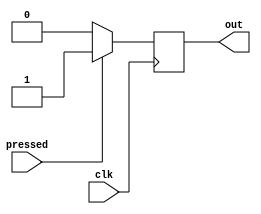
// This program was cloned from: https://github.com/JeffDeCola/my-verilog-examples
// License: MIT License

// A few different ways to use buttons on a FPGA development board.

// BUTTON 1 --------------------------------------------------------
// PRESS AND RELEASE OF THE BUTTON SYNCHRONOUSLY (SYNCHRONOUS PRESS AND RELEASE)
module button1_sync_push_release_behavioral (
    input           clk,            // CLOCK
    input           pressed,        // BUTTON IN
    output reg      out);           // PULSE FOR 1 CLOCK CYCLE

    // ALWAYS BLOCK with NON-BLOCKING PROCEDURAL ASSIGNMENT STATEMENT
    always @(posedge clk) begin
            if (pressed) begin          // BUTTON PRESSED
                out <= 1'b1;
            end else begin              //  BUTTON NOT PRESSED
                out <= 1'b0;
            end
    end

endmodule

// BUTTON 2 --------------------------------------------------------
// PULSE HIGH FOR 1 CLOCK CYCLE WHEN BUTTON PRESSED (SYNCHRONOUS PRESS)
module button2_sync_clock_pulse_behavioral (
    input           clk,            // CLOCK
    input           pressed,        // BUTTON IN (YOU CAN HOLD AND RELEASE WHENEVER)
    output reg      out);           // PULSE FOR 1 CLOCK CYCLE

    reg lock = 0;

    // ALWAYS BLOCK with NON-BLOCKING PROCEDURAL ASSIGNMENT STATEMENT
    always @(posedge clk) begin
            if (pressed & ~lock) begin              // BUTTON PRESSED
                lock <= 1'b1;                       // - Lock
                out <= 1'b1;                        // - Pulse
            end else if (~pressed & lock) begin     // RELEASE LOCK
                lock <= 1'b0;
                out <= 1'b0;
            end else begin
                out <= 1'b0;
            end
    end

endmodule

// BUTTON 3 --------------------------------------------------------
// TWO PRESSES - FIRST PRESS HIGH, SECOND PRESS LOW (SYNCHRONOUS PRESSES)
module button3_sync_two_presses_behavioral (
    input           clk,            // CLOCK
    input           pressed,        // BUTTON IN (YOU CAN HOLD AND RELEASE WHENEVER)
    output          out);           // TWO PRESSES

    reg lock = 0;
    reg toggle = 0;

    assign out = toggle;

    // ALWAYS BLOCK with NON-BLOCKING PROCEDURAL ASSIGNMENT STATEMENT
    always @ (posedge clk) begin
        if (pressed & ~lock) begin              // BUTTON PRESSED
            lock <= 1'b1;                       // - Lock
            toggle <= ~toggle;                  // - Toggle
        end else if (~pressed & lock) begin     // WAIT TILL BUTTON RELEASED
            lock <= 1'b0;                       // - Release Lock
        end
    end

endmodule

//************************************************************************************************
// DON'T USE THESE, THE SYNTHSIS TOOL WILL YELL AT YOU. I DESIGNED THEM FOR FUN

// BUTTON 4 --------------------------------------------------------
// PULSE HIGH FOR 1 CLOCK CYCLE WHEN BUTTON PRESSED (ASYNCHRONOUS PRESS)
// DON'T USE - HERE FOR FUN
module button4_async_clock_pulse_behavioral (
    input           clk,            // CLOCK
    input           pressed,        // BUTTON IN (YOU CAN HOLD AND RELEASE WHENEVER)
    output          out);           // PULSE FOR 1 CLOCK CYCLE

    reg was_pressed = 0;
    reg lock = 0;
    reg pre_out = 0;

    assign out = pre_out;

    // ALWAYS BLOCK with NON-BLOCKING PROCEDURAL ASSIGNMENT STATEMENT
    always @(posedge clk or posedge pressed) begin
        if (pressed & ~was_pressed & ~lock) begin       // BUTTON PRESSED - Then forget about it until later
            was_pressed <= 1'b1;
        end else if (was_pressed & ~lock) begin         // OUT HIGH
            lock <= 1;
            was_pressed <= 0;
            pre_out <= 1'b1;
        end else if (lock & out) begin                  // OUT LOW
            pre_out <= 1'b0;
        end else if (~pressed & lock) begin             // WAIT TILL BUTTON RELEASED
            lock <= 1'b0;
        end
    end

endmodule

// BUTTON 5 --------------------------------------------------------
// TWO PRESSES - FIRST PRESS HIGH, SECOND PRESS LOW (ASYNCHRONOUS PRESSES)
// DON'T USE - HERE FOR FUN
module button5_async_two_presses_behavioral (
    input           clk,            // CLOCK
    input           pressed,        // BUTTON IN (YOU CAN HOLD AND RELEASE WHENEVER)
    output          out);           // PULSE FOR 1 CLOCK CYCLE

    reg was_pressed = 0;
    reg lock = 0;
    reg toggle = 0;

    assign out = toggle;

    // ALWAYS BLOCK with NON-BLOCKING PROCEDURAL ASSIGNMENT STATEMENT
    always @(posedge clk or posedge pressed) begin
        if (pressed & ~was_pressed & ~lock) begin       // BUTTON PRESSED - Then forget about it for now
            was_pressed <= 1'b1;
        end else if (was_pressed & ~lock) begin         // OUT HIGH
            toggle <= ~toggle;                          // - toggle
            was_pressed <= 1'b0;
            lock <= 1;
        end else if (~pressed & lock) begin             // WAIT TILL BUTTON RELEASED
            lock <= 1'b0;
        end
    end

endmodule